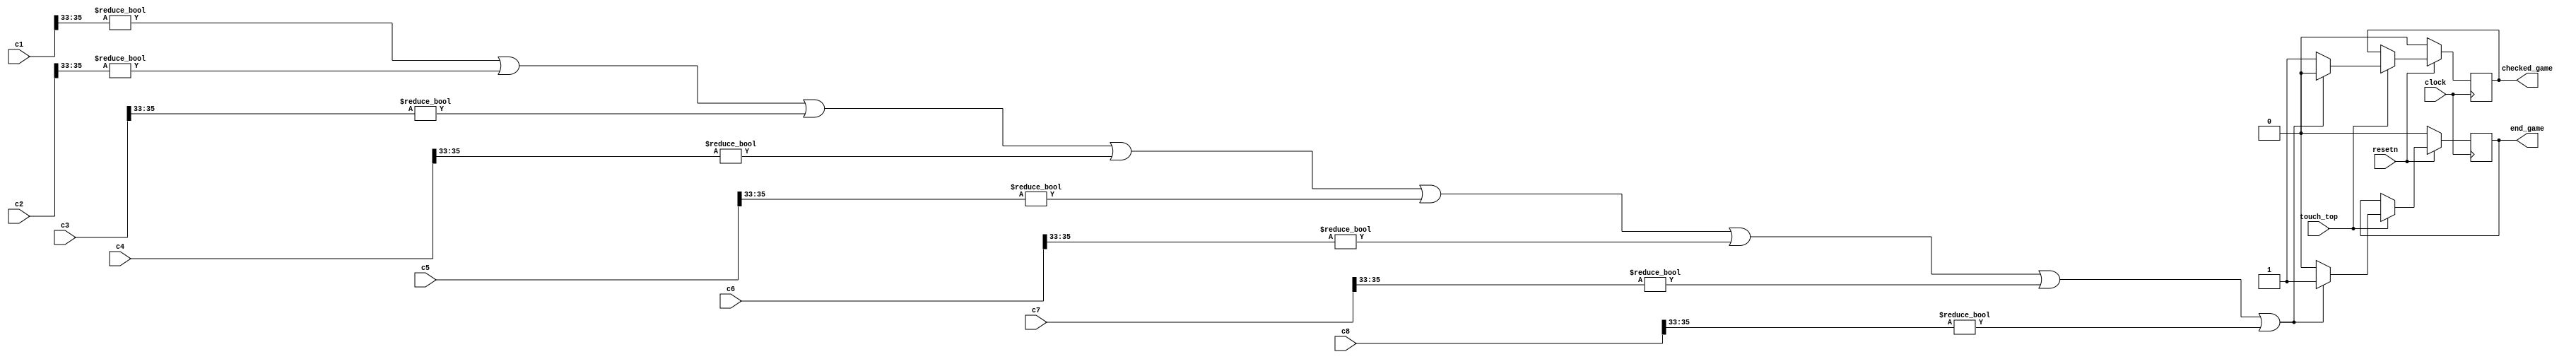
module check_end_game(clock, resetn, touch_top, c1, c2, c3, c4, c5, c6, c7, c8, end_game, checked_game);
	input clock, resetn, touch_top;
	input [35:0] c1, c2, c3, c4, c5, c6, c7, c8;
	output reg end_game, checked_game;
	always @(posedge clock)
		begin
			if(resetn == 1'b0) begin
				end_game <= 1'b0;
				checked_game <= 1'b0;
			end
			else if (touch_top) begin
				checked_game <= 1'b0;
				if(c1[35:33] != 000 || c2[35:33] != 000 || c3[35:33] != 000 || c4[35:33] != 000 || c5[35:33] != 000 || c6[35:33] != 000 || c7[35:33] != 000 || c8[35:33] != 000)
				begin
					end_game <= 1'b1;
				end
				else begin
					end_game <= 1'b0;
					checked_game <= 1'b1;
				end
		end
	end
endmodule